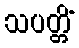
သပတ္တိံ